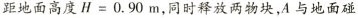
距地面高度$$H=0.90m$$，同时释放两物块，A与地面碰